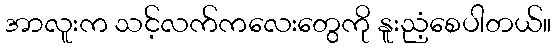
အာလူးက သင့်လက်ကလေးတွေကို နူးညံ့စေပါတယ်။